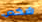
شخص